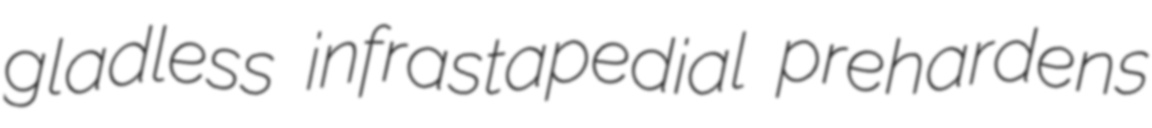
gladless infrastapedial prehardens